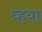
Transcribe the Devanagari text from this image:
व्हया